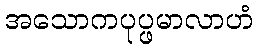
အသောကပုပ္ဖမာလာဟံ